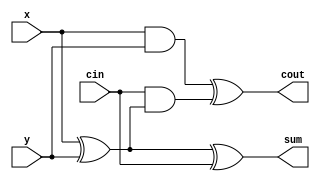
module adder1(x,y,sum,cin,cout);
   input x,y,cin;
   output sum,cout;
   
   assign sum = x^y^cin;
   assign cout = (x&y)^(cin&(x^y));
endmodule // adder1

module adder(x,y,sum);
   parameter maxn = 16;

   input [maxn-1:0] x,y;
   output [maxn-1:0] sum;

   wire [maxn-1:0] 	 c;
   
   adder1 obj0(.x(x[0]),.y(y[0]),.sum(sum[0]),.cin(z),.cout(c[0]));
   adder1 obj1(.x(x[1]),.y(y[1]),.sum(sum[1]),.cin(c[0]),.cout(c[1]));
   adder1 obj2(.x(x[2]),.y(y[2]),.sum(sum[2]),.cin(c[1]),.cout(c[2]));
   adder1 obj3(.x(x[3]),.y(y[3]),.sum(sum[3]),.cin(c[2]),.cout(c[3]));
   adder1 obj4(.x(x[4]),.y(y[4]),.sum(sum[4]),.cin(c[3]),.cout(c[4]));
   adder1 obj5(.x(x[5]),.y(y[5]),.sum(sum[5]),.cin(c[4]),.cout(c[5]));
   adder1 obj6(.x(x[6]),.y(y[6]),.sum(sum[6]),.cin(c[5]),.cout(c[6]));
   adder1 obj7(.x(x[7]),.y(y[7]),.sum(sum[7]),.cin(c[6]),.cout(c[7]));
   adder1 obj8(.x(x[8]),.y(y[8]),.sum(sum[8]),.cin(c[7]),.cout(c[8]));
   adder1 obj9(.x(x[9]),.y(y[9]),.sum(sum[9]),.cin(c[8]),.cout(c[9]));
   adder1 obj10(.x(x[10]),.y(y[10]),.sum(sum[10]),.cin(c[9]),.cout(c[10]));
   adder1 obj11(.x(x[11]),.y(y[11]),.sum(sum[11]),.cin(c[10]),.cout(c[11]));
   adder1 obj12(.x(x[12]),.y(y[12]),.sum(sum[12]),.cin(c[11]),.cout(c[12]));
   adder1 obj13(.x(x[13]),.y(y[13]),.sum(sum[13]),.cin(c[12]),.cout(c[13]));
   adder1 obj14(.x(x[14]),.y(y[14]),.sum(sum[14]),.cin(c[13]),.cout(c[14]));
   adder1 obj15(.x(x[15]),.y(y[15]),.sum(sum[15]),.cin(c[14]),.cout(z));
   
endmodule // adder